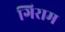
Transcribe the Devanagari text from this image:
गिराम